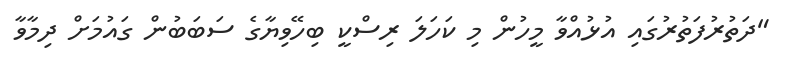
"ދަތުރުފަތުރުގައި އުޅުއްވާ މީހުން މި ކަހަލަ ރިސްކީ ބިހޭވިޔާގެ ސަބަބުން ގައުމަށް ދިމާވާ